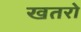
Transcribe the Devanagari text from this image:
खतरो